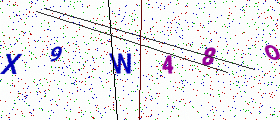
Text: X9W48O